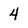
Character: 4